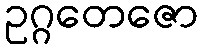
ဥဂ္ဂတေဇော